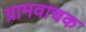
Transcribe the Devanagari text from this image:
ग्रामवाचक